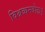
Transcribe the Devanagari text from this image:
विश्रब्धनवोढा।